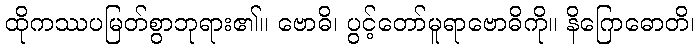
ထိုကဿပမြတ်စွာဘုရား၏။ ဗောဓိ၊ ပွင့်တော်မူရာဗောဓိကို။ နိဂြောဓောတိ၊